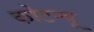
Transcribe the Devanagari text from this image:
कोटन्यू